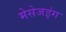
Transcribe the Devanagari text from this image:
मेसेजइंग